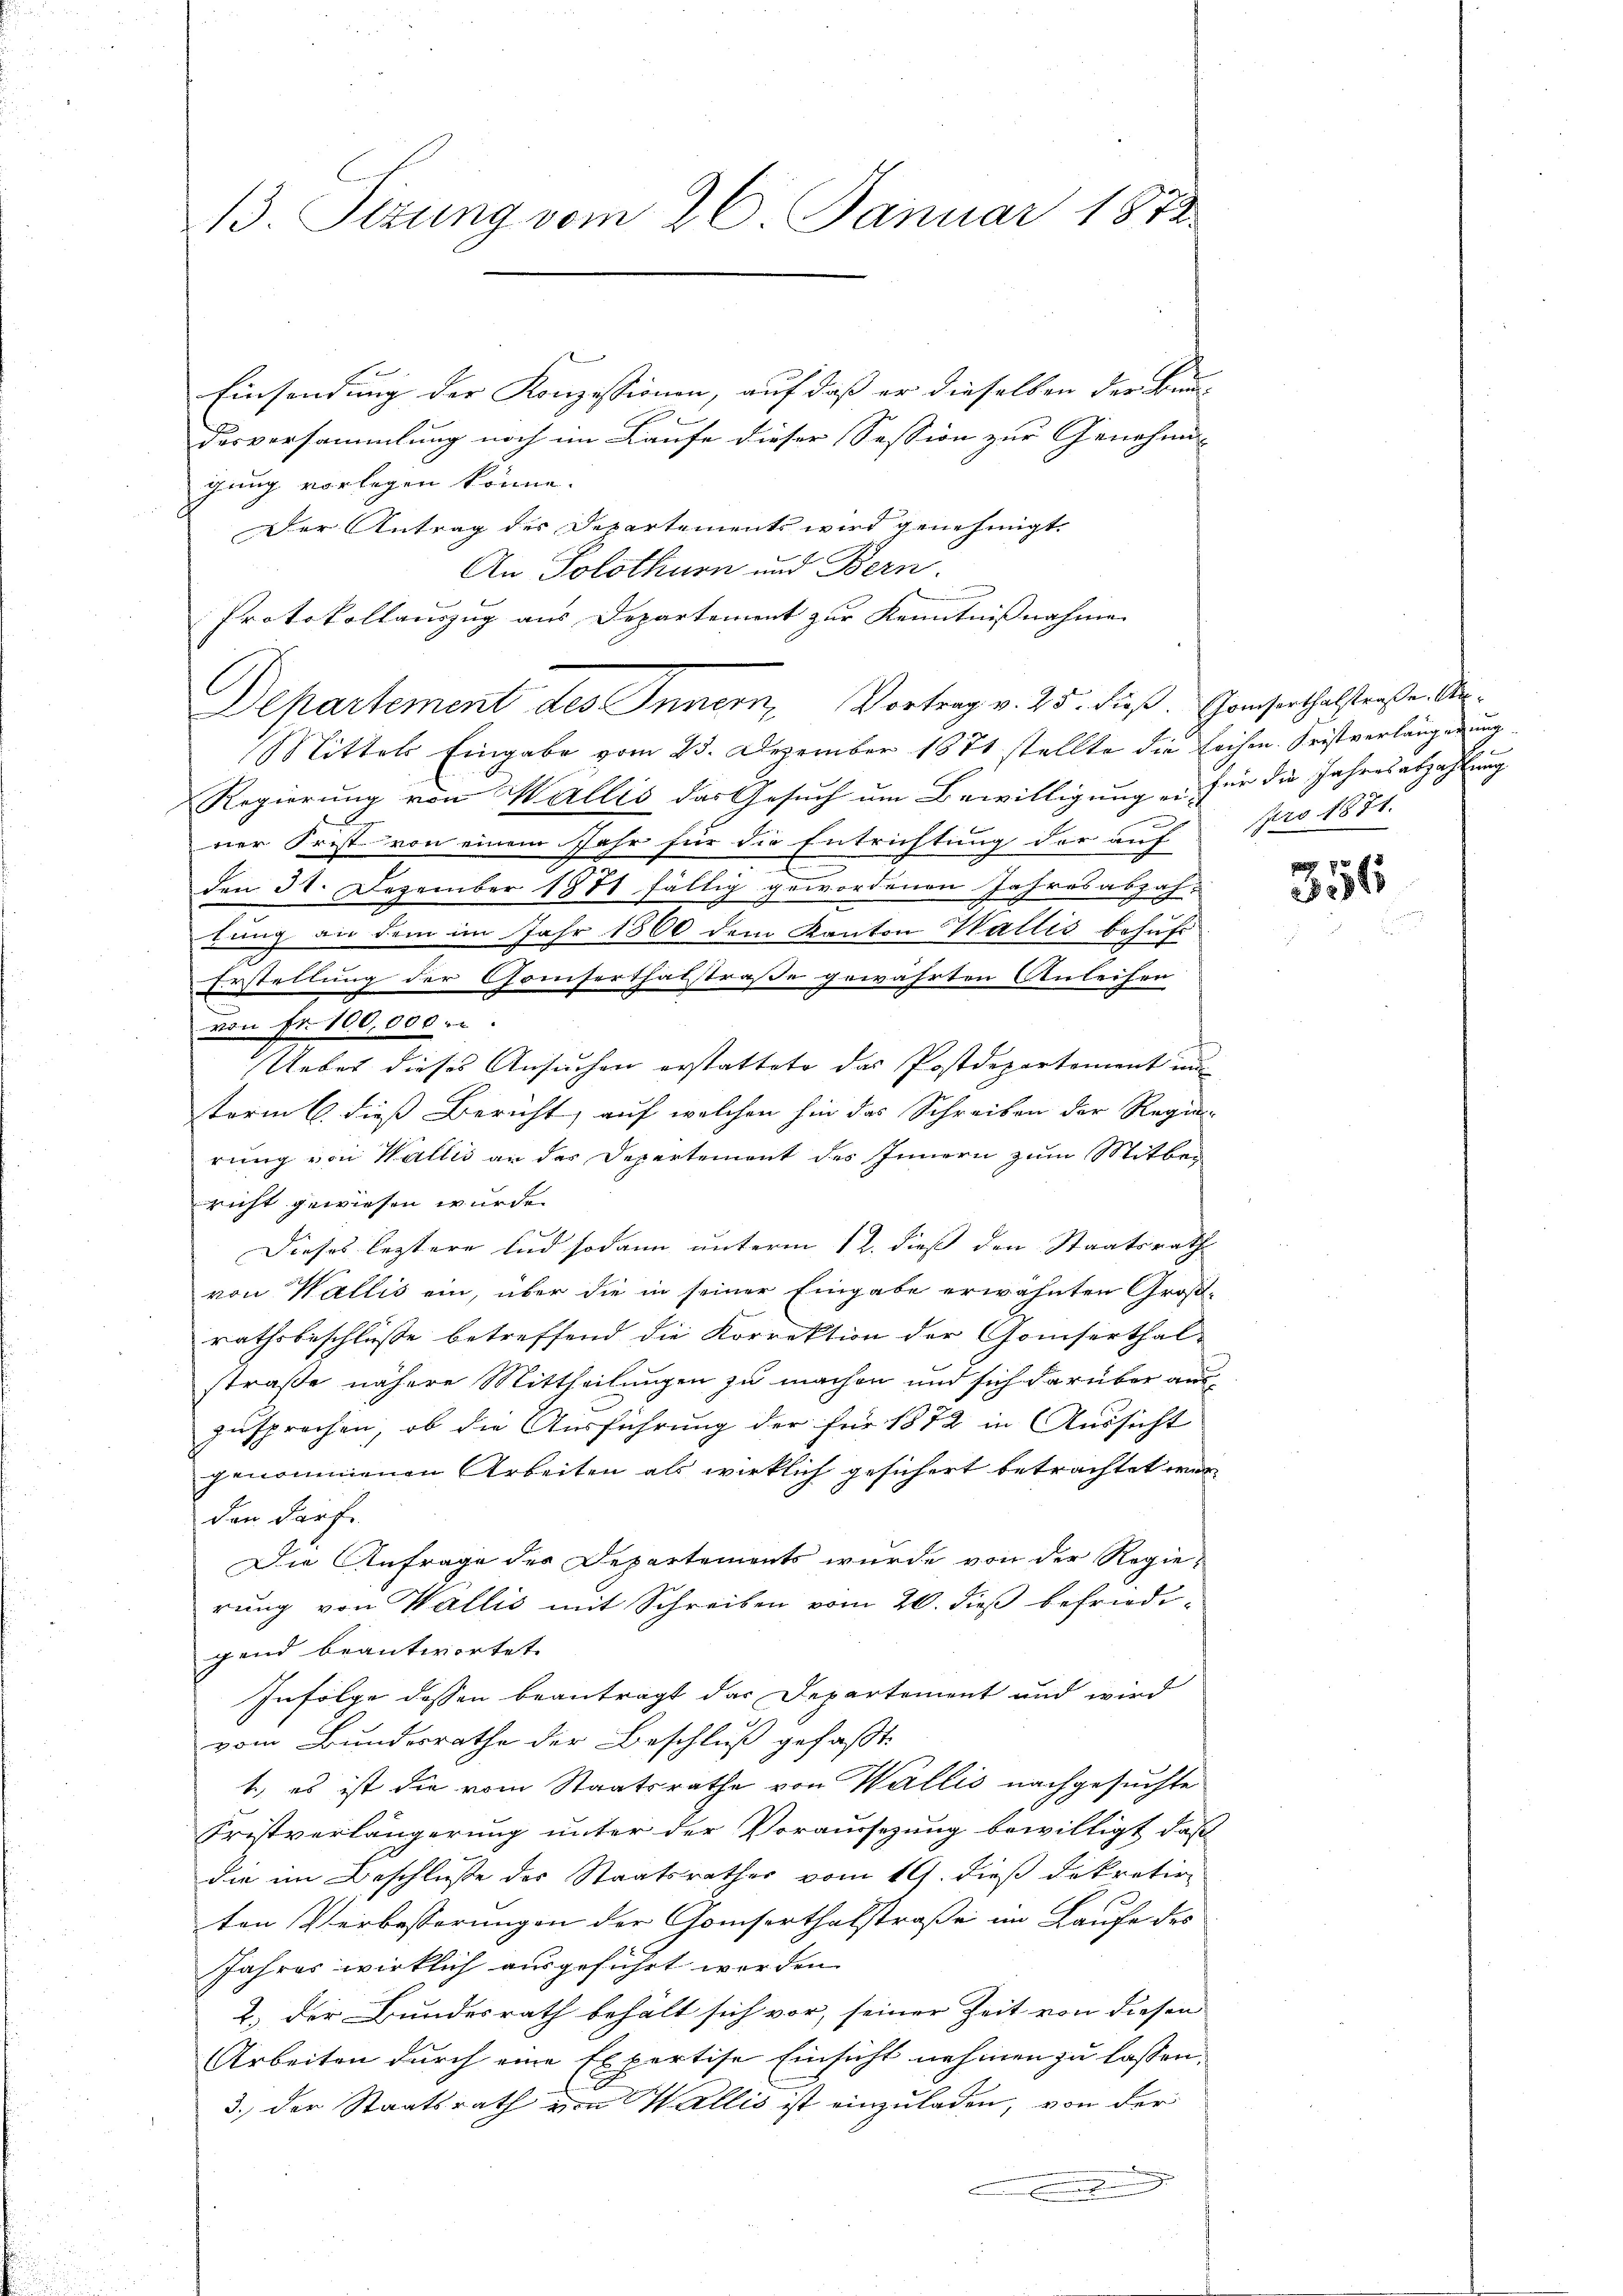
13. Sizung vom 26. Januar 1872.

Einsendung der Konzessionen, auf daß er dieselben der Bun-
desversammlung noch im Laufe dieser Session zur Genehmi-
gung vorlegen könne.
Der Antrag der Departements wird genehmigt.
An Solothurn und Bern.
Protokollauszug aus Departement zur Kenntnißnahme
Departement des Innern, Vortrag v. 25. dieß. Gamserthalstraßen Ar¬
Mittels Eingabe vom 25. Dezember 1871 stellte die Lochen Fristverlängerung
Regierung von Wallis das Gesuch um Bewilligung ein für die Jahresabzahlung
1
ner Frist von einem Jahr für die Entrichtung der auf pro 1871.
E
den 31. Dezember 1871 fällig gewordenen Jahresabzah-
tung an dem im Jahr 1860 dem Kanton Wallis behufs
Erstellung der Conserthalstraße gewährten Anleihen
von Fr. 100,000.
Ueber dieses Ansuchen erstattete das Postdepartement un
term 6. dieß Bericht, auf welchen hin das Schreiben der Regie
rung von Wallis an das Departement des Innern zum Mitbeg
richt gewiesen wurde.
Dieses leztere und sodann unterm 12. dieß den Staatsrath
von Wallis ein, über die in seiner Eingabe erwähnten Großrathsbeschlüsse betreffend die Korrektion der Gomserthal-
straße nähere Mittheilungen zu machen und sich darüber auszusprochen, ob die Ausführung der für 1872 in Aussicht
genommenen Arbeiten als wirklich gesichert betrachtet werden darf.
Die Anfrage des Departements wurde von der Regie-
rung von Wallis mit Schreiben vom 20. dieß befriedigend beantwortet.
Infolge dessen beantragt das Departement und wird
vom Bundesrathe der Beschluß gefaßt:
t, es ist die vom Staatsrathe von Wallis nachgesuchte
Fristverlängerung unter der Voraussezung bewilligt daß
die im Beschluße des Staatsrathes vom 19. dieß dekretir
ten Verbesserungen der Gamserthalstraße im Laufe des
Jahres wirklich ausgeführt werden.
2.) Der Bundesrath behält sich vor, seiner Zeit von diesen
Arbeiten durch eine Expertise Einsicht nehmen zu lassen.
3. der Staatsrath von Wallis ist einzuladen, von der
Eich

356